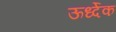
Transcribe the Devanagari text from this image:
ऊर्ध्देक